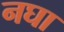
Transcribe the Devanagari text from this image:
नघा